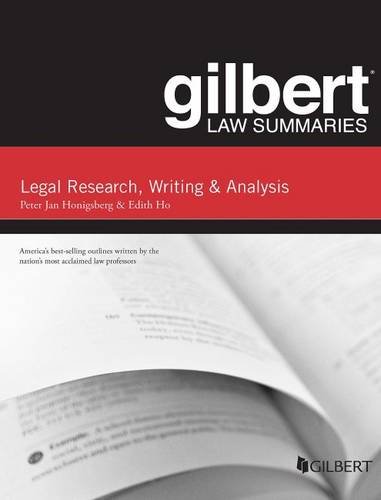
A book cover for Gilbert Law Summary on Legal Research, Writing, and Analysis (Gilbert Law Summaries); Peter Honigsberg; Law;